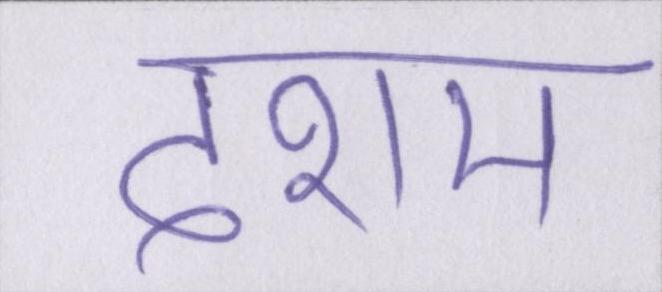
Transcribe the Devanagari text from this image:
देशम